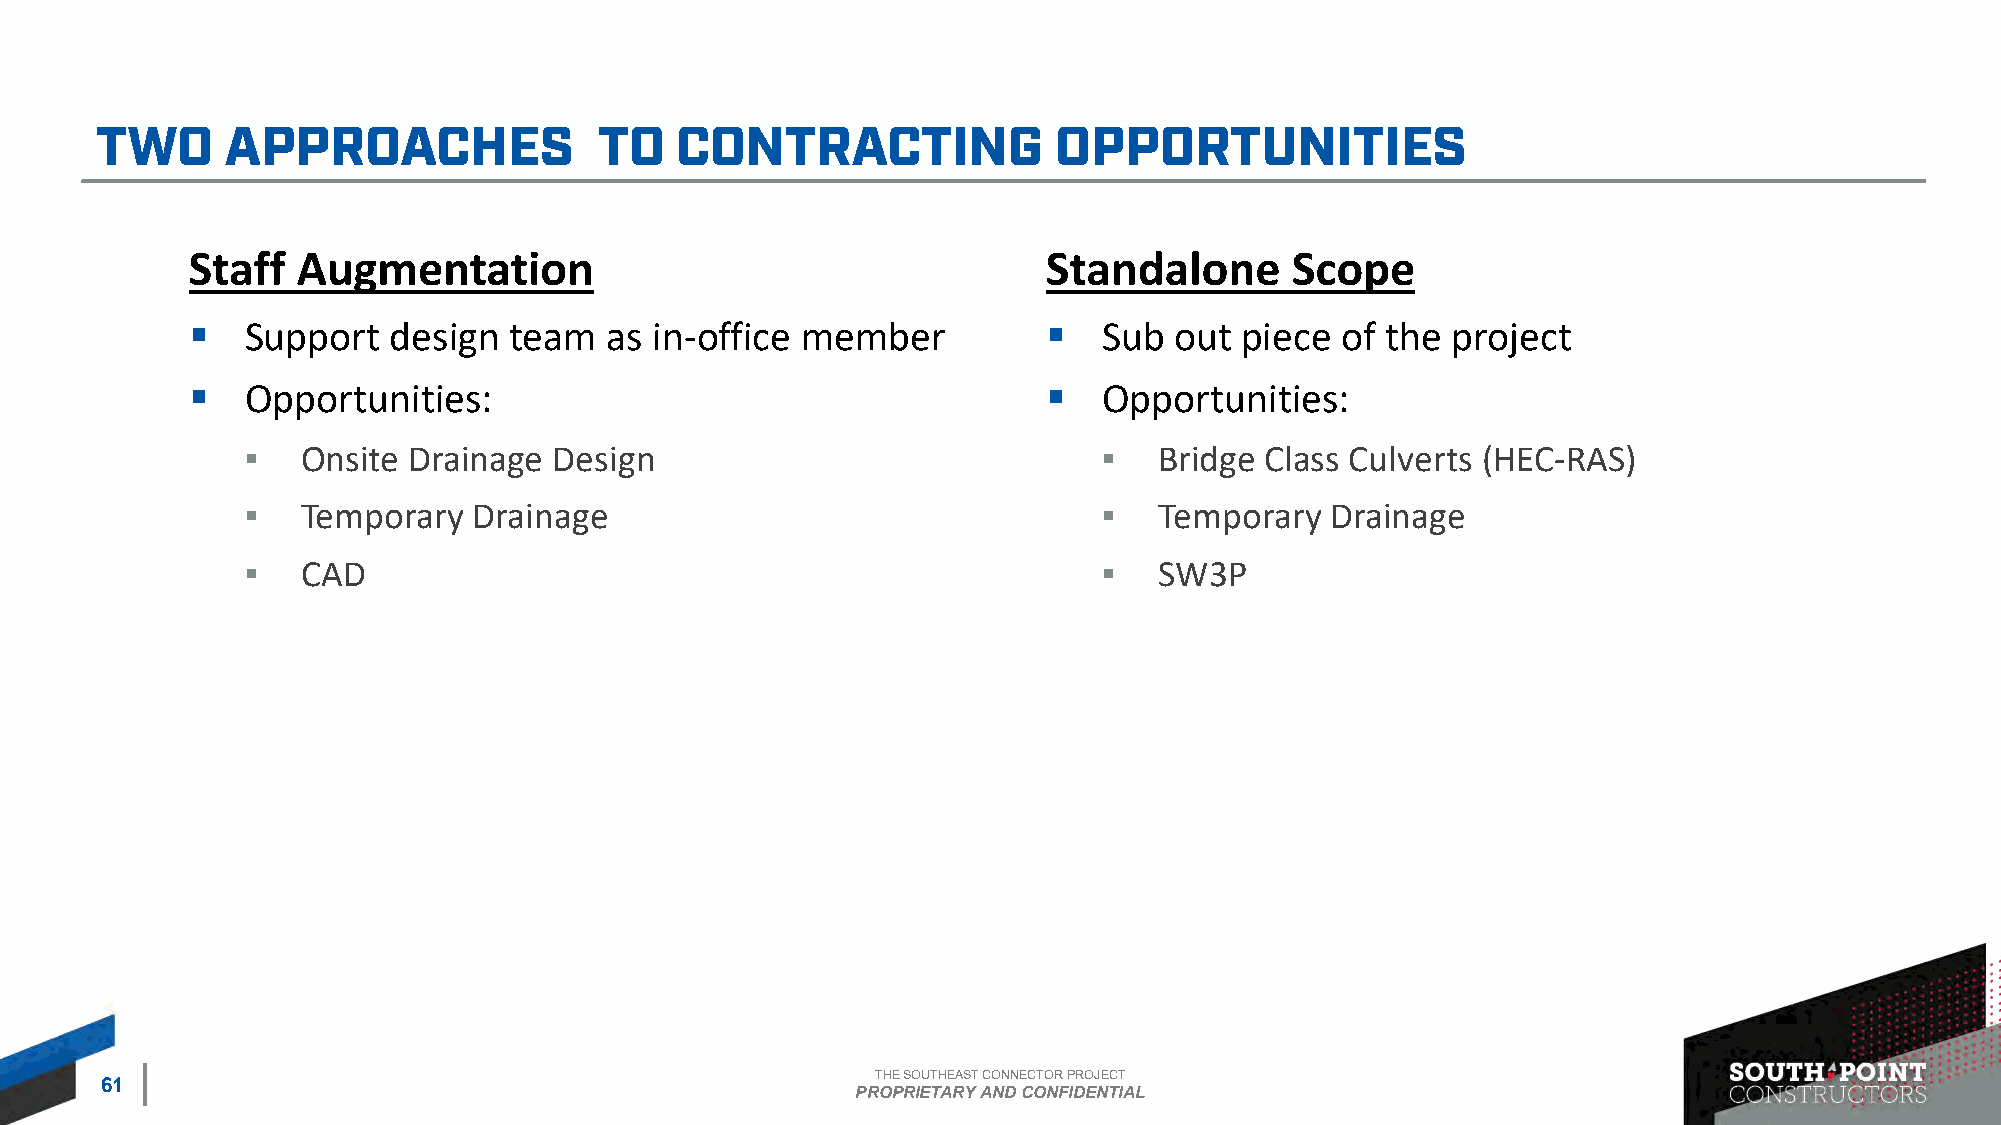
Staff   Augmentation                                     Standalone      Scope
 ▪   Support   design  team  as in-office member          ▪   Sub  out piece  of the project
 ▪   Opportunities:                                       ▪   Opportunities:
 ▪   Onsite Drainage  Design                              ▪   Bridge Class Culverts (HEC-RAS)
 ▪   Temporary  Drainage                                  ▪   Temporary  Drainage
 ▪   CAD                                                  ▪   SW3P
 THE SOUTHEAST CONNECTOR PROJECT
 61
 PROPRIETARY AND CONFIDENTIAL